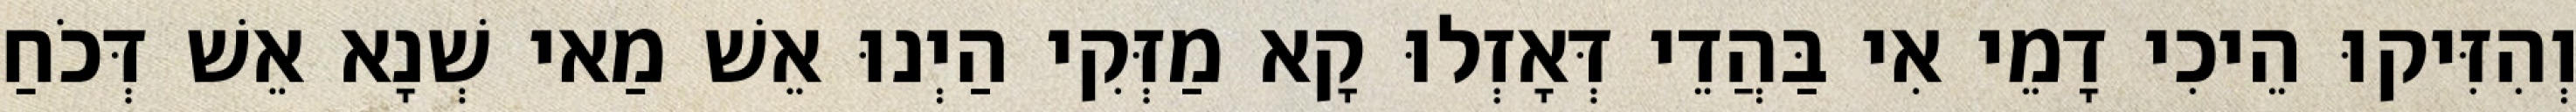
וְהִזִּיקוּ הֵיכִי דָמֵי אִי בַּהֲדֵי דְּאָזְלוּ קָא מַזְּקִי הַיְנוּ אֵשׁ מַאי שְׁנָא אֵשׁ דְּכֹחַ